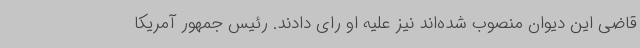
قاضی این دیوان منصوب شده‌اند نیز علیه او رای دادند. رئیس جمهور آمریکا